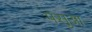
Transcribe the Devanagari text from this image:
पसुआ